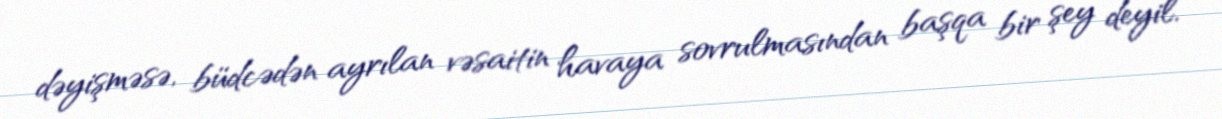
dəyişməsə, büdcədən ayrılan vəsaitin havaya sovrulmasından başqa bir şey deyil.